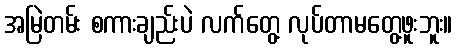
အမြဲတမ်း စကားချည်းပဲ လက်တွေ့ လုပ်တာမတွေ့ဖူးဘူး။